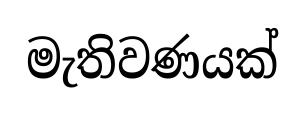
මැතිවණයක්